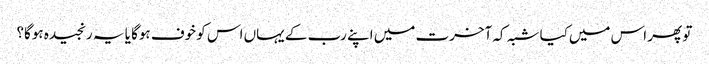
تو پھر اس میں‌کیا شبہ کہ آخرت میں اپنے رب کے یہاں اس کو خوف ہوگا یا یہ رنجیدہ ہوگا؟